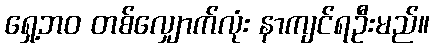
ရှေ့ဘဝ တစ်လျှောက်လုံး နာကျင်ရဦးမည်။